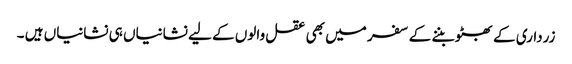
زرداری کے بھٹو بننے کے سفر میں بھی عقل والوں کے لیے نشانیاں ہی نشانیاں ہیں ۔